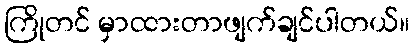
ကြိုတင် မှာထားတာဖျက်ချင်ပါတယ်။